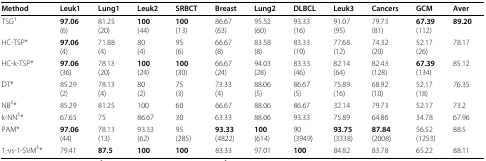
| Method | Leuk1 | Lung1 | Leuk2 | SRBCT | Breast | Lung2 | DLBCL | Leuk3 | Cancers | GCM | Aver |
 | --- | --- | --- | --- | --- | --- | --- | --- | --- | --- | --- | --- |
 | TSG† | 97.06(6) | 81.25(20) | 100(44) | 100(13) | 86.67(63) | 95.52(60) | 93.33(16) | 91.07(95) | 79.73(81) | 67.39(112) | 89.20 |
 | HC-TSP* | 97.06(4) | 71.88(4) | 80(4) | 95(6) | 66.67(8) | 83.58(8) | 83.33(10) | 77.68(12) | 74.32(20) | 52.17(26) | 78.17 |
 | HC-k-TSP* | 97.06(36) | 78.13(20) | 100(24) | 100(30) | 66.67(24) | 94.03(28) | 83.33(46) | 82.14(64) | 82.43(128) | 67.39(134) | 85.12 |
 | DT* | 85.29(2) | 78.13(4) | 80(2) | 75(3) | 73.33(4) | 88.06(5) | 86.67(5) | 75.89(16) | 68.92(10) | 52.17(18) | 76.35 |
 | NB‡* | 85.29 | 81.25 | 100 | 60 | 66.67 | 88.06 | 86.67 | 32.14 | 79.73 | 52.17 | 73.2 |
 | k-NN‡* | 67.65 | 75 | 86.67 | 30 | 63.33 | 88.06 | 93.33 | 75.89 | 64.86 | 34.78 | 67.96 |
 | PAM* | 97.06(44) | 78.13(13) | 93.33(62) | 95(285) | 93.33(4822) | 100(614) | 90(3949) | 93.75(3338) | 87.84(2008) | 56.52(1253) | 88.5 |
 | 1-vs-1-SVM‡* | 79.41 | 87.5 | 100 | 100 | 83.33 | 97.01 | 100 | 84.82 | 83.78 | 65.22 | 88.11 |